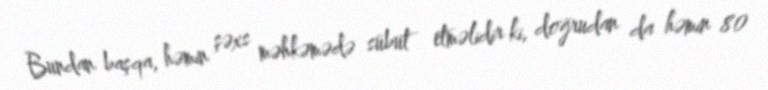
Bundan başqa, həmin şəxs məhkəmədə sübut etməlidir ki, doğrudan da həmin 80